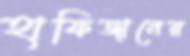
হাফিজানের